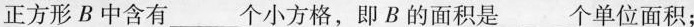
正方形B中含有___个小方格，即B的面积是___个单位面积；